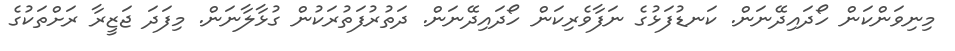
މިނިވަންކަން ހޯދައިދޭނަން. ކަނޑުފަޅުގެ ނަފާވެރިކަން ހޯދައިދޭނަން. ދަތުރުފަތުރަކުން ގުޅާލާނަން. މިފަދަ ޖަޒީރާ ރަށްތަަކުގެ